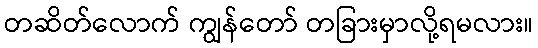
တဆိတ်လောက် ကျွန်တော် တခြားမှာလို့ရမလား။